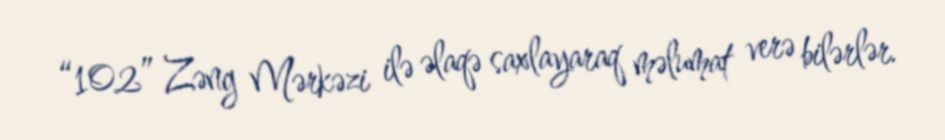
“102” Zəng Mərkəzi ilə əlaqə saxlayaraq məlumat verə bilərlər.